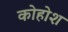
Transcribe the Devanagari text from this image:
कोहोश